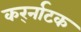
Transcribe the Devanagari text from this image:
कर्र्नाटक